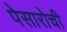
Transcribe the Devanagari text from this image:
पेसारोची